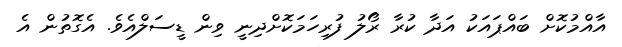
އާއްމުކޮށް ބައްޕައަކު އަދާ ކުރާ ރޯލު ފުރިހަމަކޮށްދިނީ ވިން ޑީސަލްއެވެ. އެގޮތުން އެ